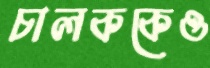
চালককেও